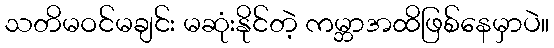
သတိမဝင်မချင်း မဆုံးနိုင်တဲ့ ကမ္ဘာအထိဖြစ်နေမှာပဲ။